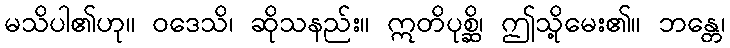
မသိပါ၏ဟု။ ဝဒေသိ၊ ဆိုသနည်း။ ဣတိပုစ္ဆိ၊ ဤသို့မေး၏။ ဘန္တေ၊